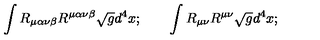
\int R _ { \mu \alpha \nu \beta } R ^ { \mu \alpha \nu \beta } \sqrt { g } d ^ { 4 } x ; \qquad \int R _ { \mu \nu } R ^ { \mu \nu } \sqrt { g } d ^ { 4 } x ;